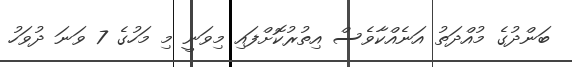
ބަންދުގެ މުއްދަތު އަނެއްކާވެސް އިތުރުކޮށްފައި މިވަނީ މި މަހުގެ 7 ވަނަ ދުވަހު